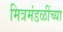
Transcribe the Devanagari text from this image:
मित्रमंडळींच्या